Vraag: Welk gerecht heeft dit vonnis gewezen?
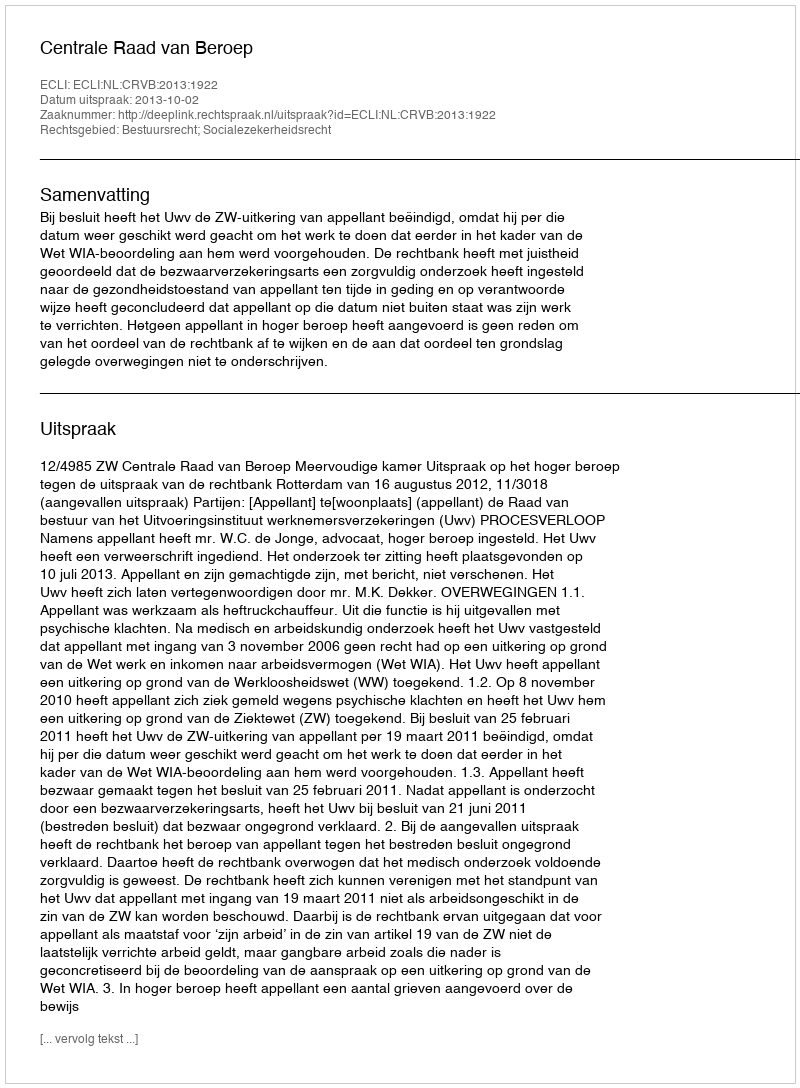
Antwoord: Centrale Raad van Beroep